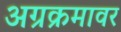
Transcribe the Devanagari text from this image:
अग्रक्रमावर